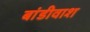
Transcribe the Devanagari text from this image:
बांडीवाश